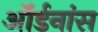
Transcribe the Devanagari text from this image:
ऑर्डनांस